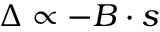
\Delta \propto - \boldsymbol { B } \cdot \boldsymbol { s }